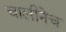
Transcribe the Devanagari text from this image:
चालीनेच